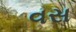
વસ